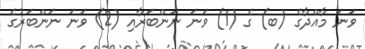
ވަނަ މާއްދާގެ (ބ) ގެ (1) ވަނަ ނަންބަރާއި (2) ވަނަ ނަންބަރުގެ